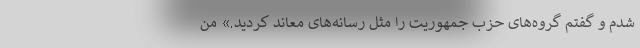
شدم و گفتم گروه‌های حزب جمهوریت را مثل رسانه‌های معاند کردید.» من